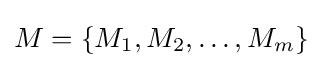
M=\{M_{1},M_{2},\dots ,M_{m}\}